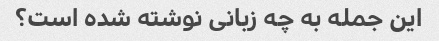
این جمله به چه زبانی نوشته شده است؟